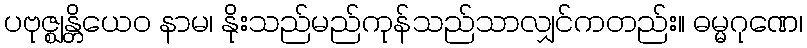
ပဗုဇ္ဈန္တိယေဝ နာမ၊ နိုးသည်မည်ကုန်သည်သာလျှင်ကတည်း။ ဓမ္မဂုဏေ၊